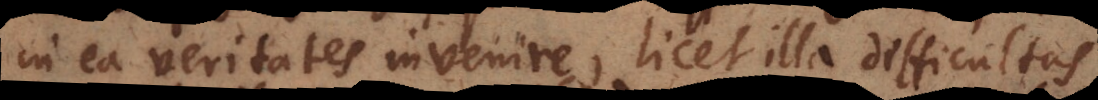
in ea veritates invenire, licet illa difficultas